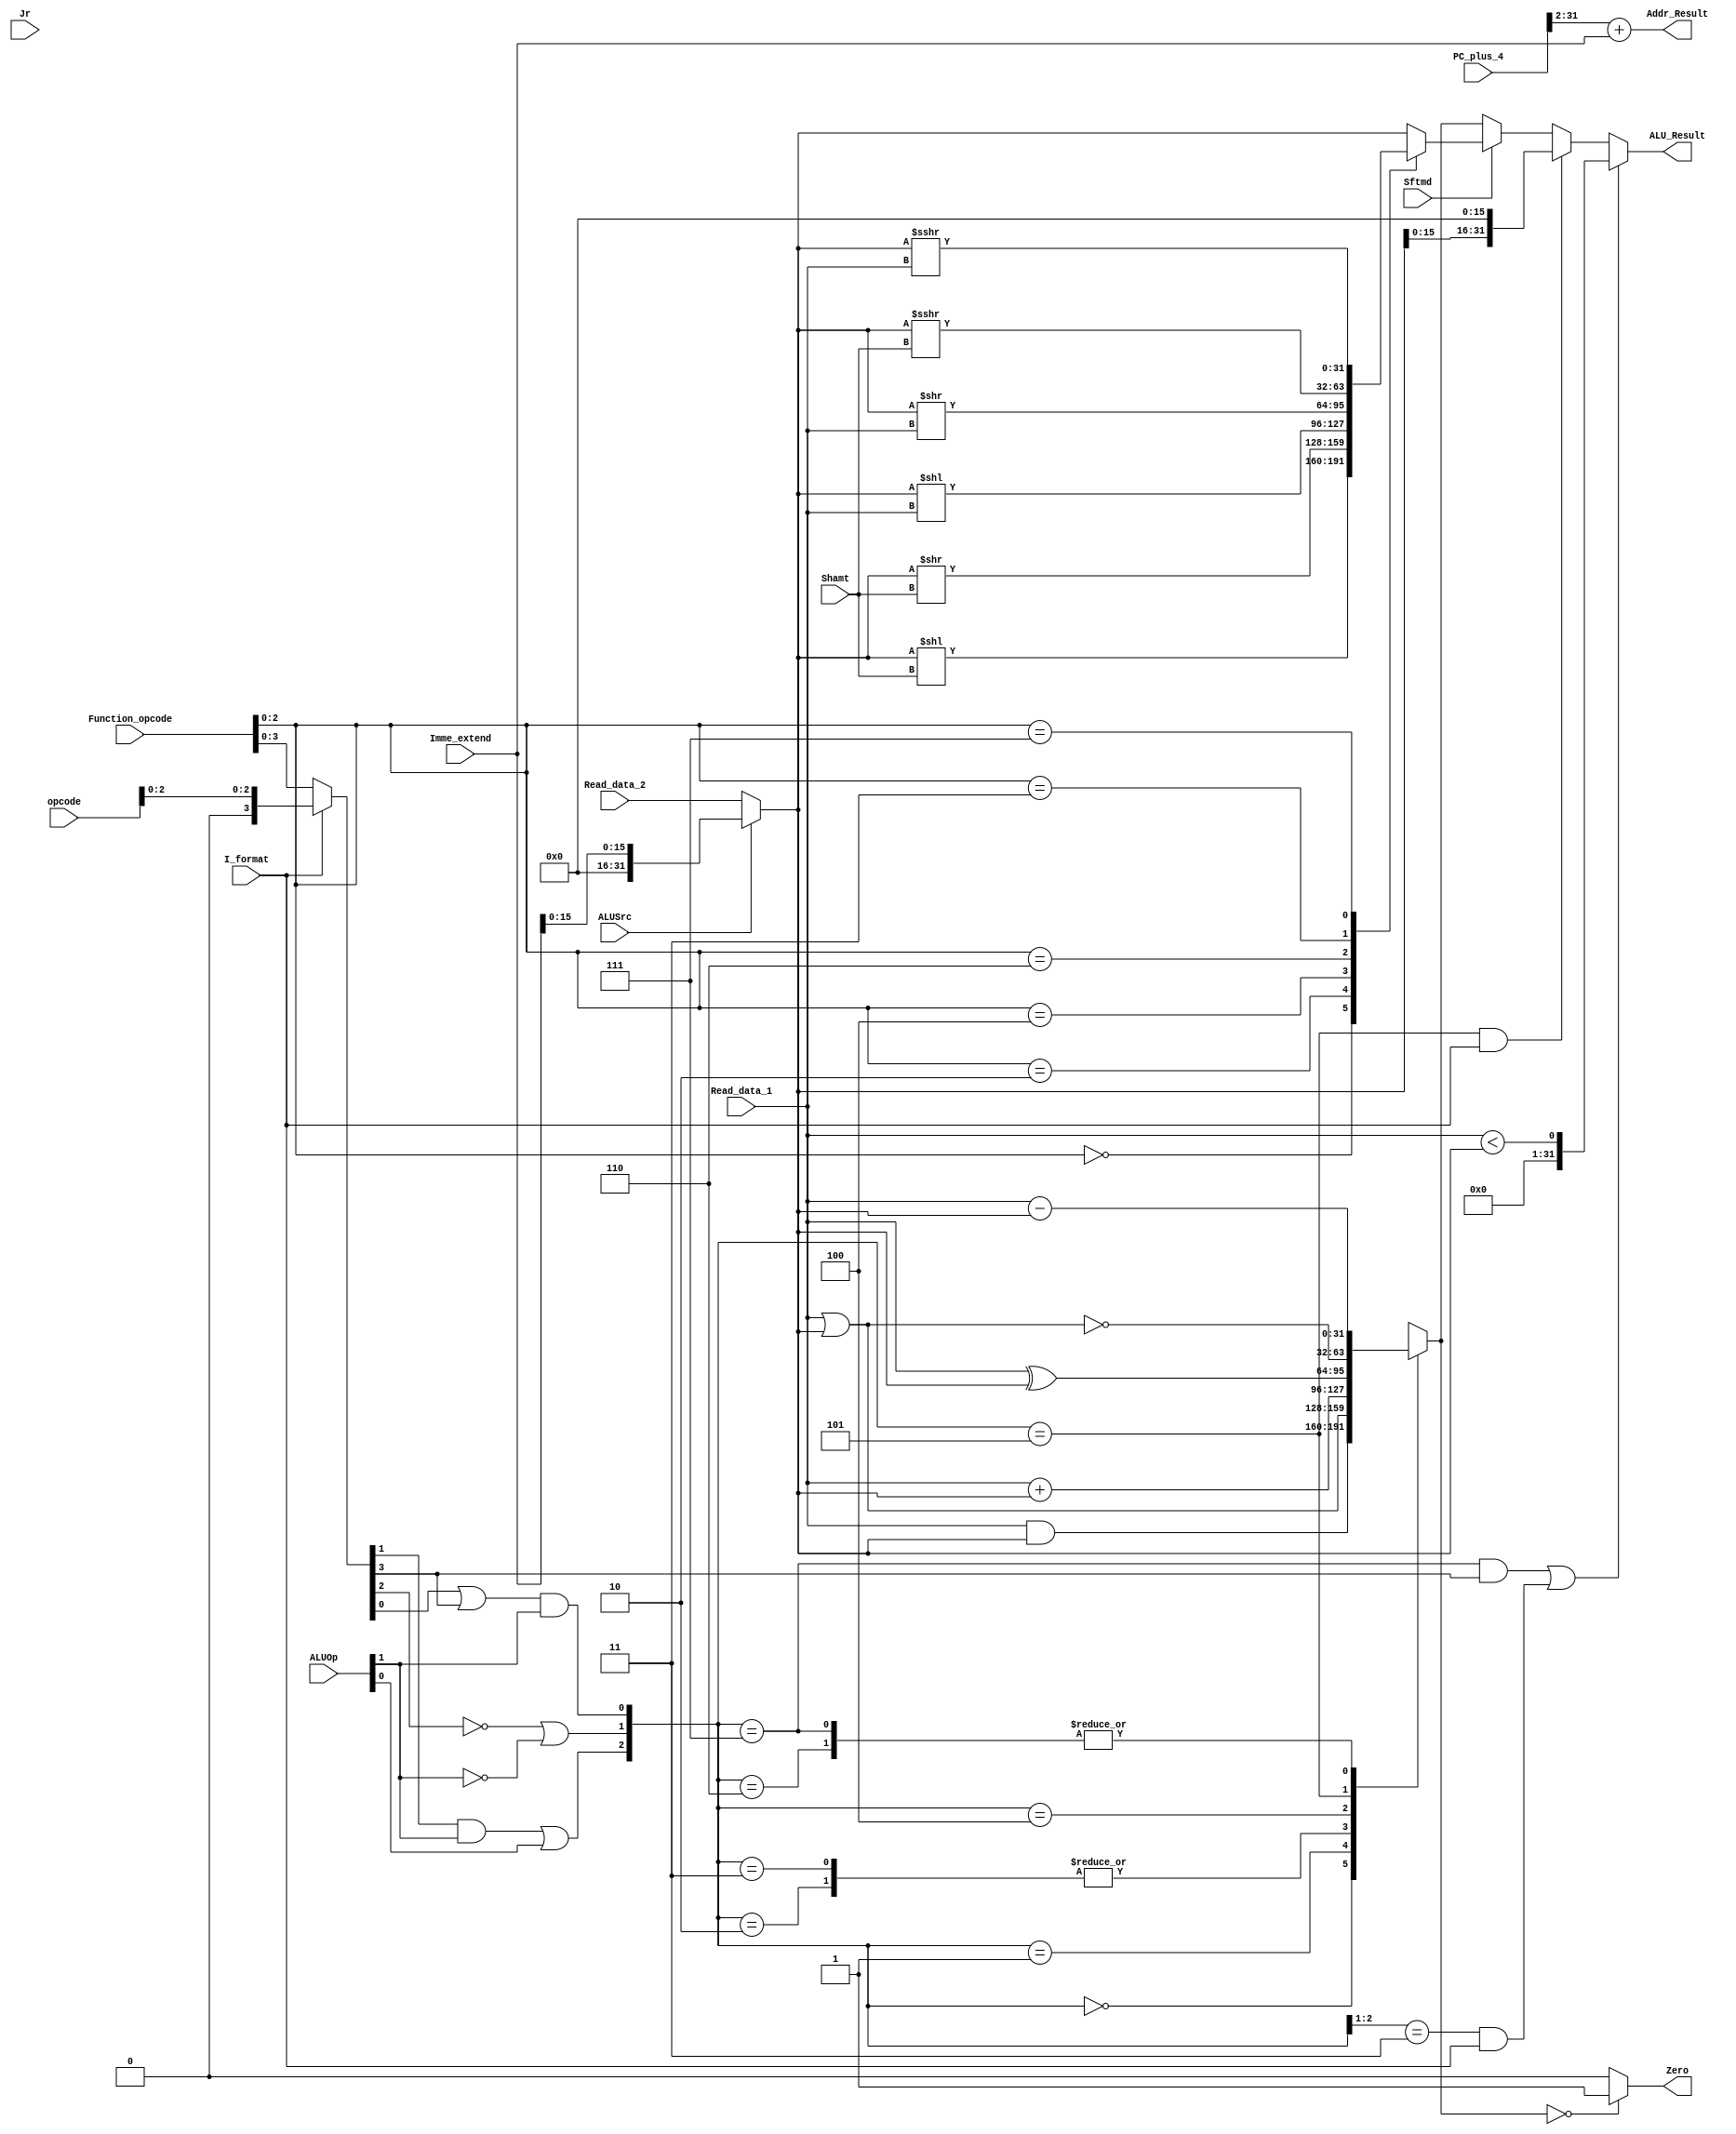
`timescale 1ns / 1ps
//////////////////////////////////////////////////////////////////////////////////
// Company: 
// Engineer: 
// 
// Design Name: 
// Module Name: Executs32
// Project Name: 
// Target Devices: 
// Tool Versions: 
// Description: 
// 
// Dependencies: 
// 
// Revision:
// Revision 0.01 - File Created
// Additional Comments:
// 
//////////////////////////////////////////////////////////////////////////////////


module Executs32(Read_data_1,Read_data_2,Imme_extend,Function_opcode,opcode,ALUOp,Shamt,ALUSrc,I_format,Zero,Sftmd,ALU_Result,Addr_Result,PC_plus_4,Jr);
input[31:0]  Read_data_1,Read_data_2,Imme_extend;
input[5:0]   Function_opcode,opcode;
input[1:0]   ALUOp;
input[4:0]   Shamt;
input Sftmd,ALUSrc,I_format,Jr;
input[31:0]  PC_plus_4;  //from ifetch's branch_base_addr
output reg Zero;       //In ALU,Zero is determined by ALU_output_mux, not ALU_Result
output reg[31:0] ALU_Result;
output[31:0]Addr_Result; 
wire[31:0] Ainput,Binput;
wire[5:0] Exe_code;
wire[2:0] ALU_ctl,Sftm;
reg[31:0] ALU_output_mux,Shift_Result;
wire[32:0] Branch_Addr;
assign Ainput = Read_data_1;
assign Binput =(ALUSrc==0)? Read_data_2:{16'h0000,Imme_extend[15:0]};
assign Exe_code = (I_format==0)?Function_opcode:{3'b000,opcode[2:0]};
assign ALU_ctl[0] = (Exe_code[0] | Exe_code[3]) & ALUOp[1];
assign ALU_ctl[1] = ((!Exe_code[2]) | (!ALUOp[1]));
assign ALU_ctl[2] = (Exe_code[1] & ALUOp[1]) | ALUOp[0];
assign Addr_Result = (PC_plus_4>>2)+Imme_extend;
always @(ALU_ctl or Ainput or Binput)
begin
case(ALU_ctl)
3'b000:ALU_output_mux=Ainput&Binput;
3'b001:ALU_output_mux=Ainput|Binput;
3'b010:ALU_output_mux=Ainput+Binput;
3'b011:ALU_output_mux=Ainput+Binput;
3'b100:ALU_output_mux=Ainput^Binput;
3'b101:ALU_output_mux=~(Ainput|Binput);
3'b110:ALU_output_mux=Ainput-Binput;
3'b111:ALU_output_mux=Ainput-Binput;
default:ALU_output_mux = 32'h00000000;
endcase
end

assign Sftm = Function_opcode[2:0];
always @* begin // six types of shift instructions
if(Sftmd)
case(Sftm[2:0])
3'b000:Shift_Result = Binput << Shamt;
3'b010:Shift_Result = Binput >> Shamt; 
3'b100:Shift_Result = Binput << Ainput;
3'b110:Shift_Result = Binput >> Ainput; 
3'b011:Shift_Result = $signed(Binput) >>> Shamt; 
3'b111:Shift_Result = $signed(Binput) >>> Ainput; 
default:Shift_Result = Binput;
endcase
else
Shift_Result = Binput;
end


always @(*) 
begin
if(((ALU_ctl==3'b111) && (Exe_code[3]==1))||((ALU_ctl[2:1]==2'b11) && (I_format==1)))
 ALU_Result = $signed(Ainput)<$signed(Binput);
else if((ALU_ctl==3'b101) && (I_format==1))
ALU_Result[31:0]={Binput[15:0],{16{1'b0}}};
//shift operation
else if(Sftmd==1)
ALU_Result = Shift_Result ;
else
ALU_Result = ALU_output_mux[31:0];
end

always@(*)
begin
Zero = (ALU_output_mux==0)?1'b1:1'b0;
end
endmodule